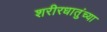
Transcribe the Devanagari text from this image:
शरीरधातुंच्या